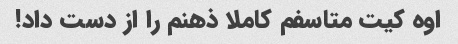
اوه کیت متاسفم کاملا ذهنم را از دست داد!